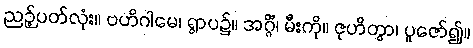
ညဉ့်ပတ်လုံး။ ဗဟိဂါမေ၊ ရွာပ၌။ အဂ္ဂိံ၊ မီးကို။ ဇုဟိတွာ၊ ပူဇော်၍။